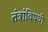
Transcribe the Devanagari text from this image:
तंत्रांविषयी